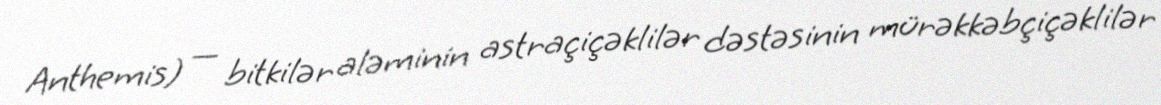
Anthemis) — bitkilər aləminin astraçiçəklilər dəstəsinin mürəkkəbçiçəklilər